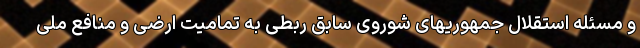
و مسئله استقلال جمهوریهای شوروی سابق ربطی به تمامیت ارضی و منافع ملی